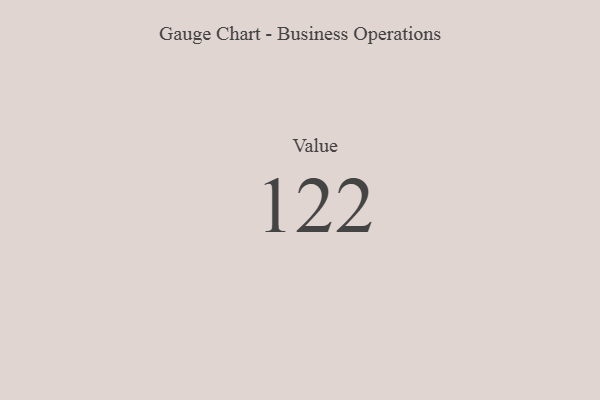
{"axis": {"x": "Metric", "y": "Value"}, "legend": [""], "data": [{"x": "Value", "y": 122, "type": ""}]}